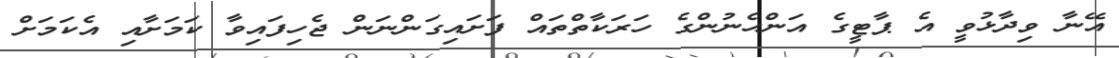
އޭނާ ވިދާޅުވީ އެ ޕާޓީގެ އަންހެނުންގެ ހަރަކާތްތައް ފަށައިގަންނަން ޖެހިފައިވާ ކަމަށާއި އެކަމަށް